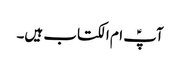
آپؑ ام الکتاب ہیں۔